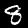
Label: 8